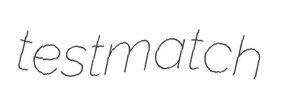
testmatch